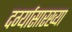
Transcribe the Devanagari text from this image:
दर्ग्यासारख्या